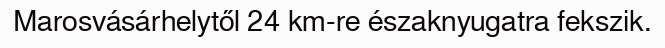
Marosvásárhelytől 24 km-re északnyugatra fekszik.